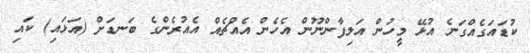
ކުޑައަގެއްގަނެ އުޅޭ މީހުން އަލިފާންނޫން އެހެން އެއްޗެއް އެއުރެންގެ ބަނޑަށް (އަޅައި) ކައި